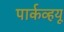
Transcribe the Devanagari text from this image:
पार्कव्हयू